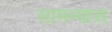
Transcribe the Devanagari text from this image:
सामन्यास